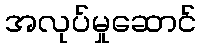
အလုပ်မှုဆောင်